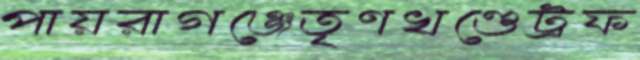
পায়রাগঞ্জেতৃণখণ্ডেট্রফ